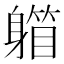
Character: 𨉾